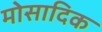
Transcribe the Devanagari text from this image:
मोसादिक